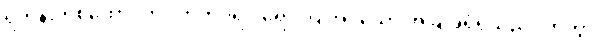
ရဟန်းတစ်ထောင်ကို။ ကတပရိဝါရော၊ ပြုအပ်သော အခြံအရံရှိသည်။ ဟုတွာ၊